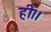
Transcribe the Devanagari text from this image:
ही।।